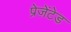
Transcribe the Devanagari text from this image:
प्रेज़ेंटेड